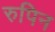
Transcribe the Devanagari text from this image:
रुपिन